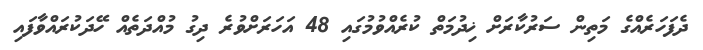
ދެފަހަރެއްގެ މަތިން ސަރުކާރަށް ޚިދުމަތް ކުރެއްވުމުގައި 48 އަހަރަށްވުރެ ދިގު މުއްދަތެއް ހޭދަކުރައްވާފައި